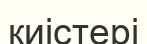
киістері